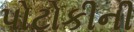
પોટોકીની